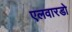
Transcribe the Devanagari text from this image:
एलवारडो